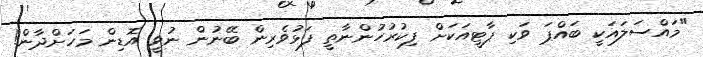
"މައްސަލައަކީ ބައްޕަ ވަކި ޕާޓީއަކަށް ފިކުރުހުންނާތީ ފަޅުވެރިން ބޭނުން ނުވީ އޮޑިން މަހަށްދާން!